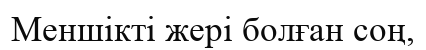
Меншікті жері болған соң,